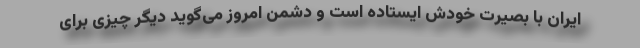
ایران با بصیرت خودش ایستاده است و دشمن امروز می‌گوید دیگر چیزی برای